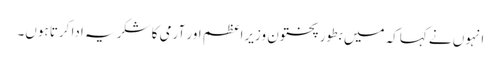
انہوں نے کہاکہ میں بطور پختون وزیراعظم اور آرمی کا شکریہ ادا کرتا ہوں۔